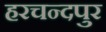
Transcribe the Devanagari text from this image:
हरचन्दपुर